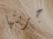
جربتها